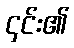
၄င်း၏